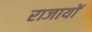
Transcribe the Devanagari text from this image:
राजायों